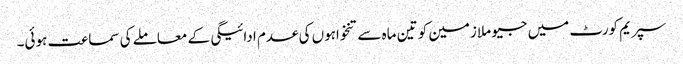
سپریم کورٹ میں جیو ملازمین کو تین ماہ سے تنخواہوں کی عدم ادائیگی کے معاملے کی سماعت ہوئی۔